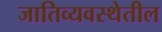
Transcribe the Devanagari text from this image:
जातिव्यवस्थेतील